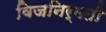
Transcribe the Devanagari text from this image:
विजनिर्मती